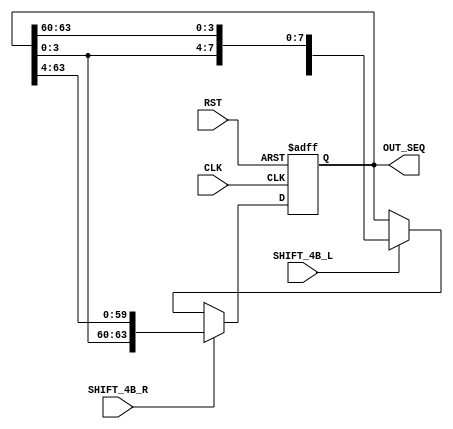
`timescale 1ns / 1ps

module LR5_SHIFT_REG(
	input CLK,
	input RST,
	input SHIFT_4B_R,
	input SHIFT_4B_L,
	output wire [63:0] OUT_SEQ
    );
	 
reg [63:0] SEQ;
reg [3:0] BUF;

wire [3:0] seq0t;
wire [3:0] seq1t;
wire [3:0] seq2t;
wire [3:0] seq3t;
wire [3:0] seq4t;
wire [3:0] seq5t;
wire [3:0] seq6t;
wire [3:0] seq7t;
wire [3:0] seq8t;
wire [3:0] seq9t;
wire [3:0] seq10t;
wire [3:0] seq11t;
wire [3:0] seq12t;
wire [3:0] seq13t;
wire [3:0] seq14t;
wire [3:0] seq15t;

 

always @(posedge CLK or posedge RST)
	begin
	if (RST == 1'b1)
		SEQ <= {4'h4,4'h1,4'h2,4'h1,4'h7,4'hC,4'hF,4'h9,4'hD,4'hA,4'hB,4'h3,4'h0,4'h8,4'h3,4'h2}; 
	else if (SHIFT_4B_R == 1'b1)
		begin 
			SEQ <= {SEQ[3:0],SEQ[63:4]}; 
		end
	else if (SHIFT_4B_L == 1'b1)
		begin
			SEQ <= {SEQ[59:0],SEQ[63:60]}; 
		end
	else
		begin 
			SEQ <= SEQ; 
		end
	
	end

assign OUT_SEQ = SEQ;

assign seq0t = OUT_SEQ[3:0];
assign seq1t = OUT_SEQ[7:4];
assign seq2t = OUT_SEQ[11:8];
assign seq3t = OUT_SEQ[15:12];
assign seq4t = OUT_SEQ[19:16];
assign seq5t = OUT_SEQ[23:20];
assign seq6t = OUT_SEQ[27:24];
assign seq7t = OUT_SEQ[31:28];
assign seq8t = OUT_SEQ[35:32];
assign seq9t = OUT_SEQ[39:36];
assign seq10t = OUT_SEQ[43:40];
assign seq11t = OUT_SEQ[47:44];
assign seq12t = OUT_SEQ[51:48];
assign seq13t = OUT_SEQ[55:52];
assign seq14t = OUT_SEQ[59:56];
assign seq15t = OUT_SEQ[63:60];
endmodule